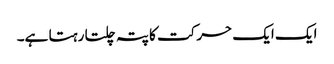
ایک ایک حرکت کا پتہ چلتا رہتا ہے۔